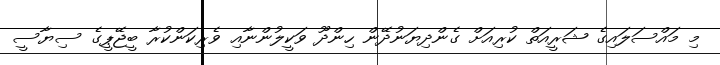
މި މައްސަލައިގެ ޝަރީއަތް ކުރިއަށް ގެންދިޔަނުދޭން ހިންދޫ ވަކީލުންނާއި ވެރިކަންކުރާ ބީޖޭޕީގެ ސިޔާސީ